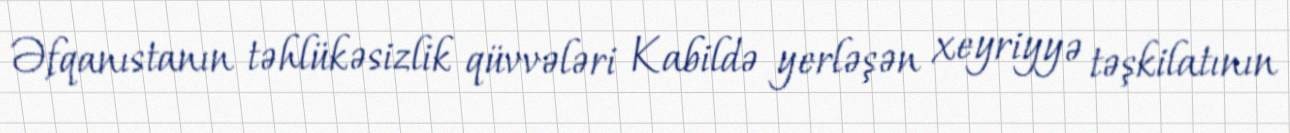
Əfqanıstanın təhlükəsizlik qüvvələri Kabildə yerləşən xeyriyyə təşkilatının